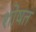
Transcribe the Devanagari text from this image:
शोषत